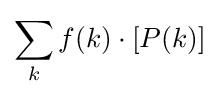
\sum _{k}f(k)\cdot [P(k)]